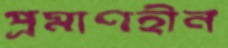
প্রমাণহীন